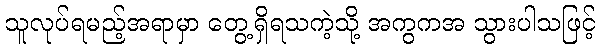
သူလုပ်ရမည့်အရာမှာ တွေ့ရှိရသကဲ့သို့ အကွကအ သွားပါသဖြင့်